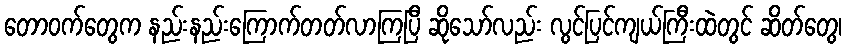
တောဝက်တွေက နည်းနည်းကြောက်တတ်လာကြပြီ ဆိုသော်လည်း လွင်ပြင်ကျယ်ကြီးထဲတွင် ဆိတ်တွေ၊